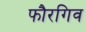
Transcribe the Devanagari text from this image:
फौरगिव